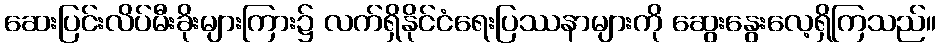
ဆေးပြင်းလိပ်မီးခိုးများကြား၌ လက်ရှိနိုင်ငံရေးပြဿနာများကို ဆွေးနွေးလေ့ရှိကြသည်။